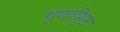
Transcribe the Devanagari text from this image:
पृथ्वीपृष्ठ